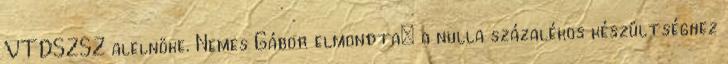
VTDSZSZ alelnöke. Nemes Gábor elmondta: a nulla százalékos készültséghez